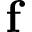
\mathbf { f }